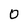
Character: O